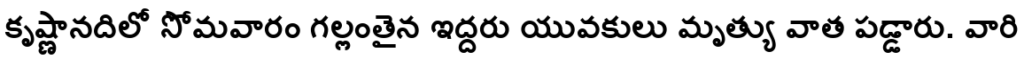
కృష్ణానదిలో సోమవారం గల్లంతైన ఇద్దరు యువకులు మృత్యు వాత పడ్డారు. వారి